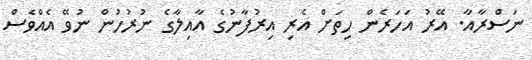
ނަސްރާއާ. އޭރު އަހަރެން ހިތަށް އެރި އިރުފާނުގެ އާއިލާގެ ނުރުހުން ނުވޭ އެއްވެސް